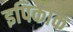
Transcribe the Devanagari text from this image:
इपिकाक